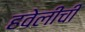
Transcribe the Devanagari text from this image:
हवेलीची